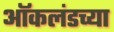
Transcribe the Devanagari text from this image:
ऑकलंडच्या